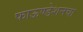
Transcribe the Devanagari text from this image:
फाऊण्डेशनचा